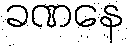
ခဏနေ